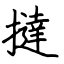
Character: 撻